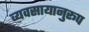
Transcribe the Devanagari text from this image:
व्यवसायानुरूप